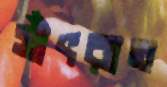
সাঁৎরাত